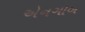
એનગોબ